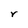
Character: r